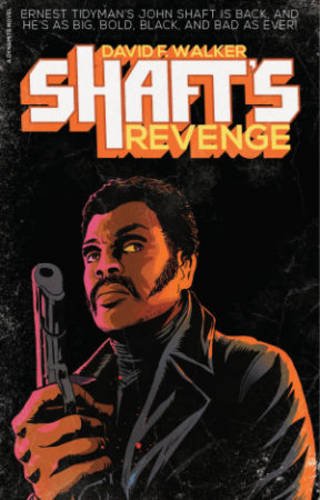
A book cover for Shaft's Revenge; Francesco Francavilla; Mystery, Thriller & Suspense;